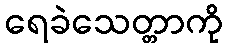
ရေခဲသေတ္တာကို